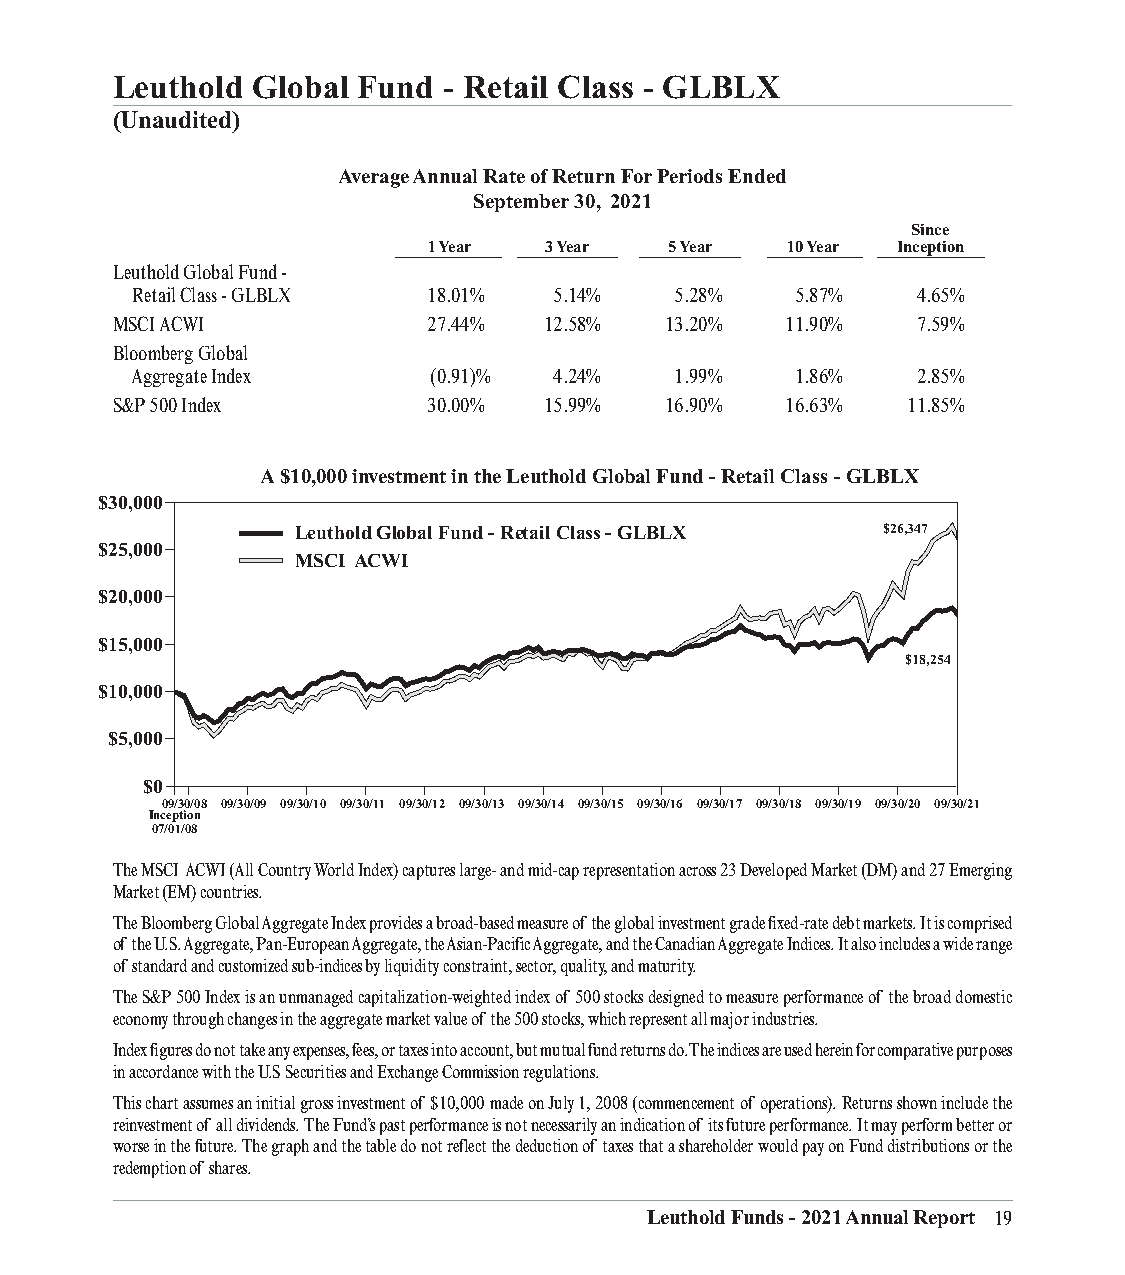
Leuthold  Global Fund - Retail Class - GLBLX
 (Unaudited)
 Average Annual Rate of Return For Periods Ended
 September 30, 2021
 Since
 1 Year  3 Year  5 Year  10 Year Inception
 ___________________ __________________ __________________ _________________ ___________________
 Leuthold Global Fund -
 Retail Class - GLBLX 18.01% 5.14%   5.28%   5.87%   4.65%
 MSCI ACWI            27.44%  12.58%  13.20%  11.90%   7.59%
 Bloomberg Global
 Aggregate Index    (0.91)%  4.24%   1.99%   1.86%   2.85%
 S&P 500 Index        30.00%  15.99%  16.90%  16.63%  11.85%
 A $10,000 investment in the Leuthold Global Fund - Retail Class - GLBLX
 $30,000
 Leuthold Global Fund - Retail Class - GLBLX $26,347
 $25,000
 MSCI ACWI
 $20,000
 $15,000
 $18,254
 $10,000
 $5,000
 $0
 09/30/08 09/30/09 09/30/10 09/30/11 09/30/12 09/30/13 09/30/14 09/30/15 09/30/16 09/30/17 09/30/18 09/30/19 09/30/20 09/30/21
 Inception
 07/01/08
 The MSCI ACWI (All Country World Index) captures large- and mid-cap representation across 23 Developed Market (DM) and 27 Emerging
 Market (EM) countries.
 The Bloomberg Global Aggregate Index provides a broad-based measure of the global investment grade fixed-rate debt markets. It is comprised
 of the U.S. Aggregate, Pan-European Aggregate, the Asian-Pacific Aggregate, and the Canadian Aggregate Indices. It also includes a wide range
 of standard and customized sub-indices by liquidity constraint, sector, quality, and maturity.
 The S&P 500 Index is an unmanaged capitalization-weighted index of 500 stocks designed to measure performance of the broad domestic
 economy through changes in the aggregate market value of the 500 stocks, which represent all major industries.
 Index figures do not take any expenses, fees, or taxes into account, but mutual fund returns do. The indices are used herein for comparative purposes
 in accordance with the U.S Securities and Exchange Commission regulations.
 This chart assumes an initial gross investment of $10,000 made on July 1, 2008 (commencement of operations). Returns shown include the
 reinvestment of all dividends. The Fund’s past performance is not necessarily an indication of its future performance. It may perform better or
 worse in the future. The graph and the table do not reflect the deduction of taxes that a shareholder would pay on Fund distributions or the
 redemption of shares.
 Leuthold Funds - 2021 Annual Report 19